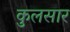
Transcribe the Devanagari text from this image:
कुलसार